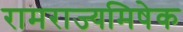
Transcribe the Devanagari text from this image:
रामराज्यमिषेक